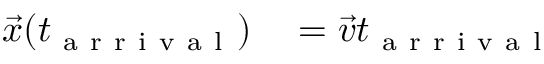
\begin{array} { r l } { \vec { x } ( t _ { \mathrm { ~ a ~ r ~ r ~ i ~ v ~ a ~ l ~ } } ) } & { { } = \vec { v } t _ { \mathrm { ~ a ~ r ~ r ~ i ~ v ~ a ~ l ~ } } } \end{array}